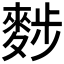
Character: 𪌷